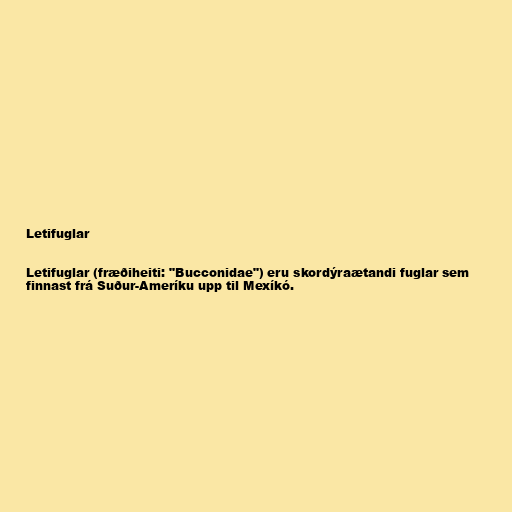
Letifuglar

Letifuglar (fræðiheiti: "Bucconidae") eru skordýraætandi fuglar sem
finnast frá Suður-Ameríku upp til Mexíkó.